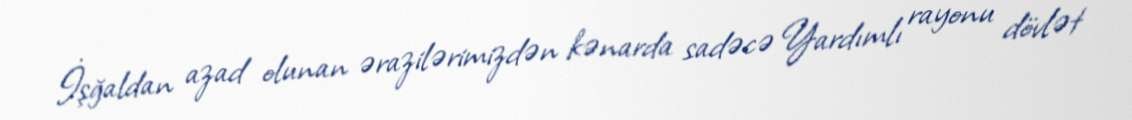
İşğaldan azad olunan ərazilərimizdən kənarda sadəcə Yardımlı rayonu dövlət